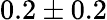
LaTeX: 0.2\pm 0.2